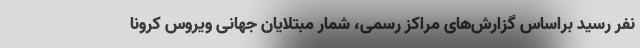
نفر رسید براساس گزارش‌های مراکز رسمی، شمار مبتلایان جهانی ویروس کرونا